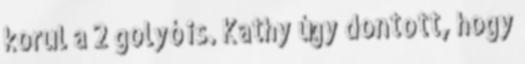
korul a 2 golyó is. Kathy úgy dontott, hogy